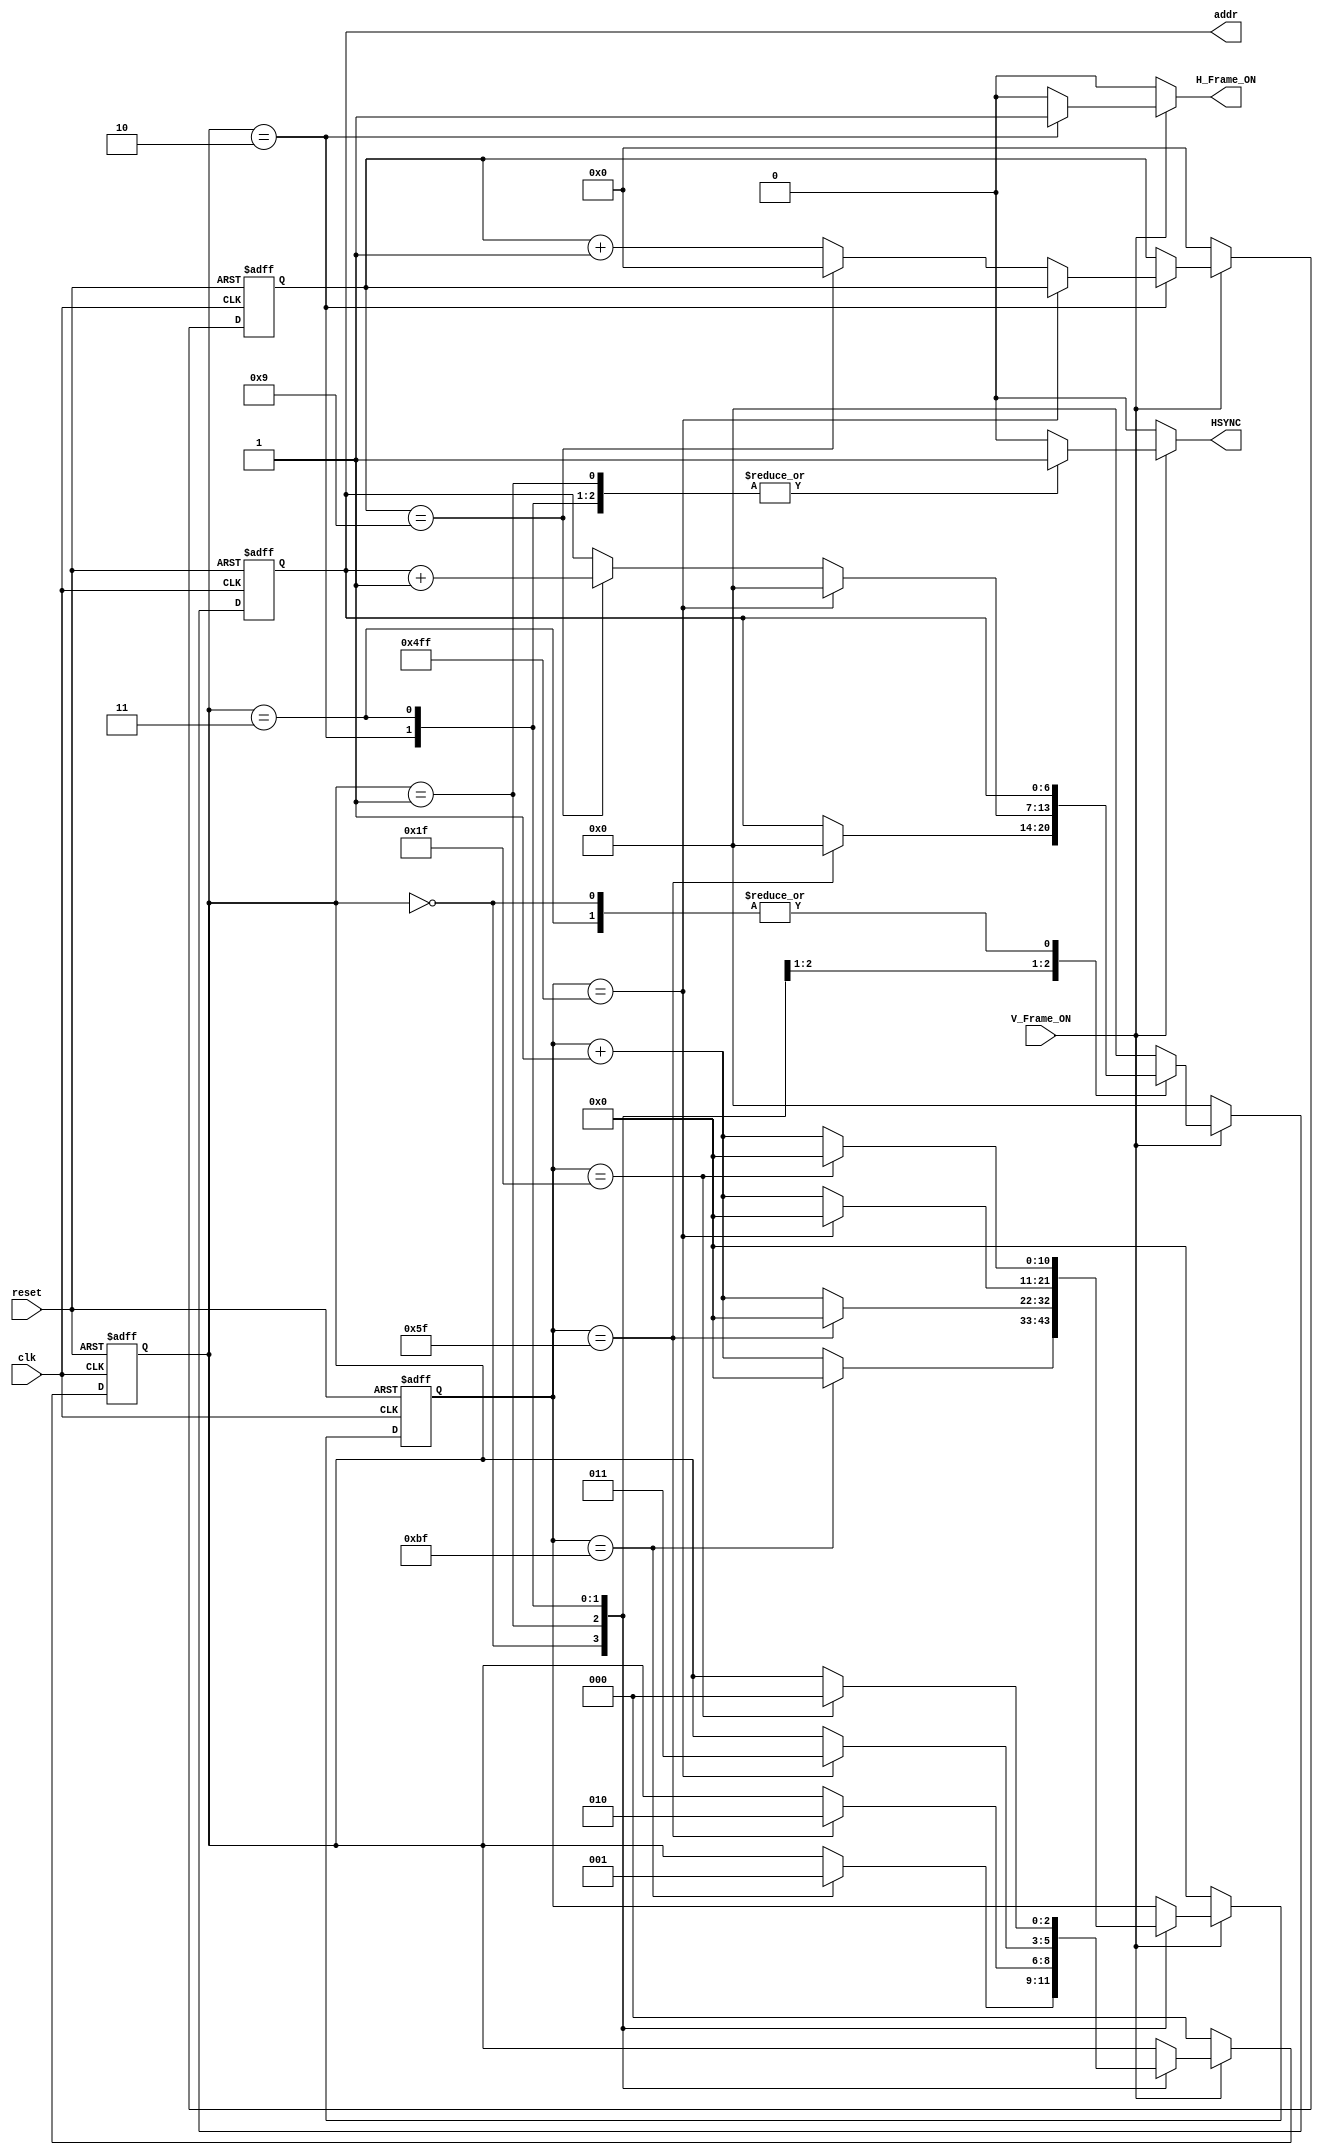


module horizontal_controller(
	reset,
	clk,
	V_Frame_ON,
	addr,
	HSYNC,
	H_Frame_ON
);

input reset;
input clk;
input V_Frame_ON;
output reg [6:0] addr;
output reg HSYNC;
output reg H_Frame_ON;

parameter STATE_B = 3'b00;
parameter STATE_C = 3'b01;
parameter STATE_D = 3'b10;
parameter STATE_E = 3'b11;

parameter MAX_COUNTER_B = 191;
parameter MAX_COUNTER_C = 95;
parameter MAX_COUNTER_D = 1279;
parameter MAX_COUNTER_E = 31;

parameter MAX_COUNTER_FOR_ADDRESS = 9;

reg [2:0] state;
reg [2:0] next_state;

reg [10:0] counter;
reg [10:0] next_counter;

reg [3:0] addr_counter;
reg [3:0] next_addr_counter;

reg [6:0] next_addr;


always @(posedge clk or posedge reset) 
begin
	if ( reset ) 
	begin
		state = STATE_B;
		counter = 0;
		addr_counter = 0;
		addr = 0;
		
	end

	else 
	begin
		state = next_state;
		counter = next_counter;
		addr_counter = next_addr_counter;
		addr = next_addr;
	end
end

always @( state or counter or  addr_counter or addr or V_Frame_ON )
begin

	next_addr_counter = addr_counter;
	next_state = state;
	next_counter = counter;
	next_addr = addr;
	
	if ( V_Frame_ON == 0 )
	begin
		
		next_state = STATE_B;
		next_addr = 0;
		next_counter = 0;
		next_addr_counter = 0;
		HSYNC = 0;
		H_Frame_ON = 0;

	end
	else
	begin

		case (state)

			STATE_B:
			begin
				
				HSYNC = 1'b0;
				H_Frame_ON = 0;

				if ( counter == MAX_COUNTER_B)
				begin
					next_counter = 0;
					next_state = STATE_C;
				end
				else 
				begin
					next_counter = counter + 1;
				end

			end

			STATE_C:
			begin
				
				HSYNC = 1'b1;
				H_Frame_ON = 0;

				if ( counter == MAX_COUNTER_C)
				begin
					next_addr = 0;
					next_counter = 0;
					next_state = STATE_D;
				end
				else 
				begin
					next_counter = counter + 1;
				end
			end

			STATE_D:
			begin

				HSYNC = 1'b1;
				H_Frame_ON = 1;

				if ( counter == MAX_COUNTER_D )
				begin
					next_counter = 0;
					next_state = STATE_E;
					next_addr = 0;
				end
				else 
				begin
					next_counter = counter + 1;

					if ( addr_counter == MAX_COUNTER_FOR_ADDRESS )
					begin
						next_addr_counter = 0;
						next_addr = addr + 1;
					end

					else 
					begin
						next_addr_counter = addr_counter + 1;
					end

				end
				
			end

			STATE_E:
			begin
				
				HSYNC = 1'b1;
				H_Frame_ON = 0;

				if ( counter == MAX_COUNTER_E)
				begin
					next_counter = 0;
					next_state = STATE_B;
				end
				else 
				begin
					next_counter = counter + 1;
				end
			end

			default:
			begin
				
				HSYNC = 1'b0;
				next_addr = 0;
				H_Frame_ON = 0;
			end

			
		endcase

	end
	
end

endmodule